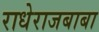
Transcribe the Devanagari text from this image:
राधेराजबाबा